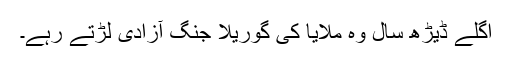
اگلے ڈیڑھ سال وہ ملایا کی گوریلا جنگ آزادی لڑتے رہے۔